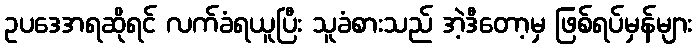
ဥပဒေအရဆိုရင် လက်ခံရယူပြီး သူခံစားသည် အဲ့ဒီတော့မှ ဖြစ်ရပ်မှန်များ